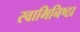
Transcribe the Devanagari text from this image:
स्वामिनिष्ठा